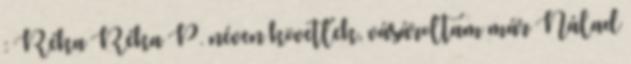
: Réka Réka P. néven követlek, vásároltam már Nálad